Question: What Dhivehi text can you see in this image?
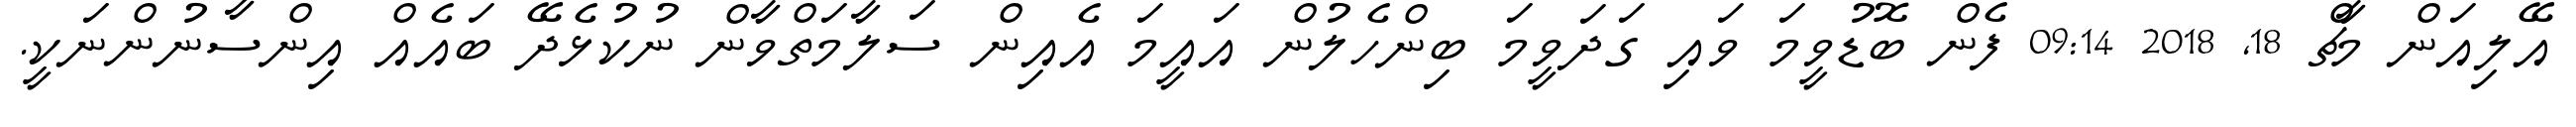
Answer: އޭލިއަން މާޗް 18, 2018 09:14 ފެން ބޮޑުވީމަ ވައި ގަދަވީމަ ބިންހެލުން އައީމަ އެއިން ސަލާމަތްވާން ނުކުޅެދޭ ބައެއް އިންސާނުންނަކީ.